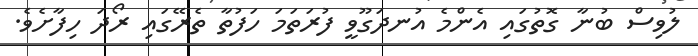
ލުވިސް ބުނާ ގޮތުގައި އެންމެ އުނދަގޫވީ ފުރަތަމަ ހަފުތާ ތެރޭގައި ރޯދަ ހިފާށެވެ.